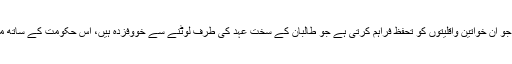
ان کے سقوط کے بعد نئی آئے والی جمہوری حکومت جو ان خواتین واقلیتوں کو تحفظ فراہم کرتی ہے جو طالبان کے سخت عہد کی طرف لوٹنے سے خووفزدہ ہیں، اِس حکومت کے ساتھ مذاکرات میں رکاوٹ کا ایک بڑا سبب داخلی افتراق ہے۔